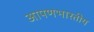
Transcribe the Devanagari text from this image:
आपणभारतीय